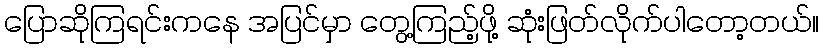
ပြောဆိုကြရင်းကနေ အပြင်မှာ တွေ့ကြည့်ဖို့ ဆုံးဖြတ်လိုက်ပါတော့တယ်။